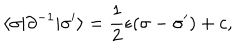
LaTeX: \langle \sigma | \partial ^ { - 1 } | \sigma ^ { \prime } \rangle = \frac { 1 } { 2 } \epsilon ( \sigma - \sigma ^ { \prime } ) + c ,